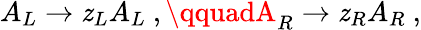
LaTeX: A_{L}\rightarrow\mathit{z}_{L}A_{L}\ ,\qquadA_{R}\rightarrow\mathit{z}_{R}A_{R}\ ,